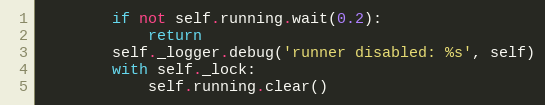
Language: Python
        if not self.running.wait(0.2):
            return
        self._logger.debug('runner disabled: %s', self)
        with self._lock:
            self.running.clear()